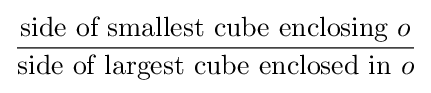
{\frac {{\text{side of smallest cube enclosing}}\ o}{{\text{side of largest cube enclosed in}}\ o}}